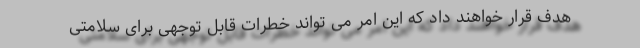
هدف قرار خواهند داد که این امر می تواند خطرات قابل توجهی برای سلامتی